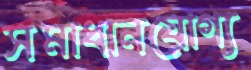
সমাধানযোগ্য